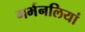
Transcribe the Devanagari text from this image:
गर्भनलियां